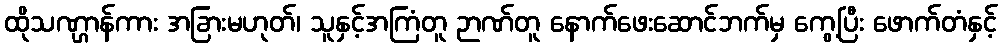
ထိုသဏ္ဌာန်ကား အခြားမဟုတ်၊ သူနှင့်အကြံတူ ဉာဏ်တူ နောက်ဖေးဆောင်ဘက်မှ ကွေ့ပြီး ဖောက်တံနှင့်